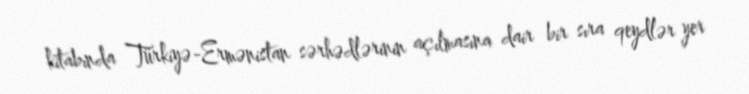
kitabında Türkiyə-Ermənistan sərhədlərinin açılmasına dair bir sıra qeydlər yer